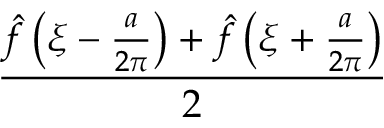
\frac { { \hat { f } } \left( \xi - { \frac { a } { 2 \pi } } \right) + { \hat { f } } \left( \xi + { \frac { a } { 2 \pi } } \right) } { 2 }